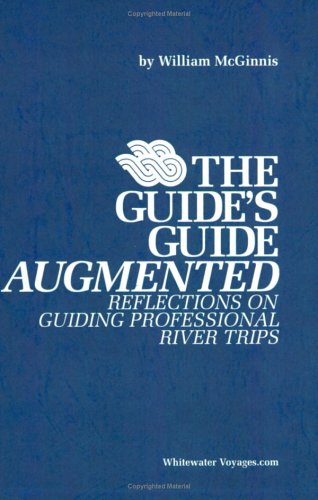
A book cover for The Guide's Guide Augmented: Reflections on Guiding Professional River Trips; William McGinnis; Sports & Outdoors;